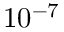
1 0 ^ { - 7 }